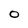
Character: O